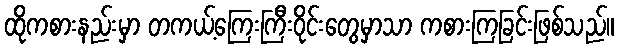
ထိုကစားနည်းမှာ တကယ့်ကြေးကြီးဝိုင်းတွေမှာသာ ကစားကြခြင်းဖြစ်သည်။